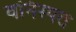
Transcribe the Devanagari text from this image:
वनिस्पत